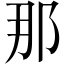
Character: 那